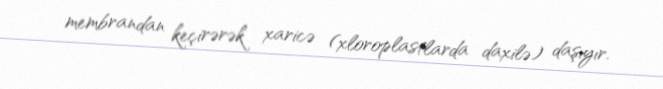
membrandan keçirərək xaricə (xloroplastlarda daxilə) daşıyır.